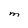
Character: M